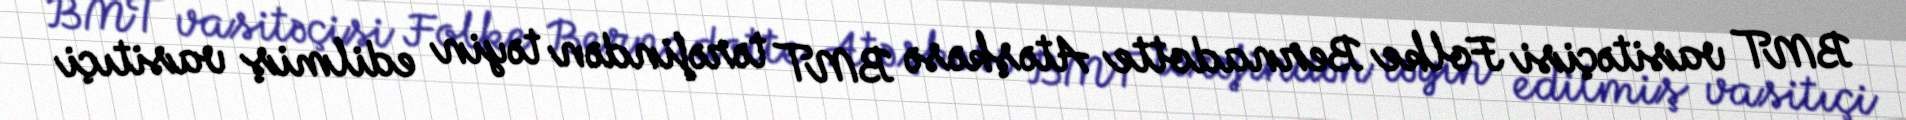
BMT vasitəçisi Folke Bernadotte Atəşkəsə BMT tərəfindən təyin edilmiş vasitıçi